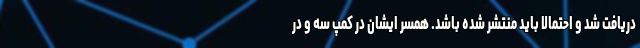
دریافت شد و احتمالا باید منتشر شده باشد. همسر ایشان در کمپ سه و در